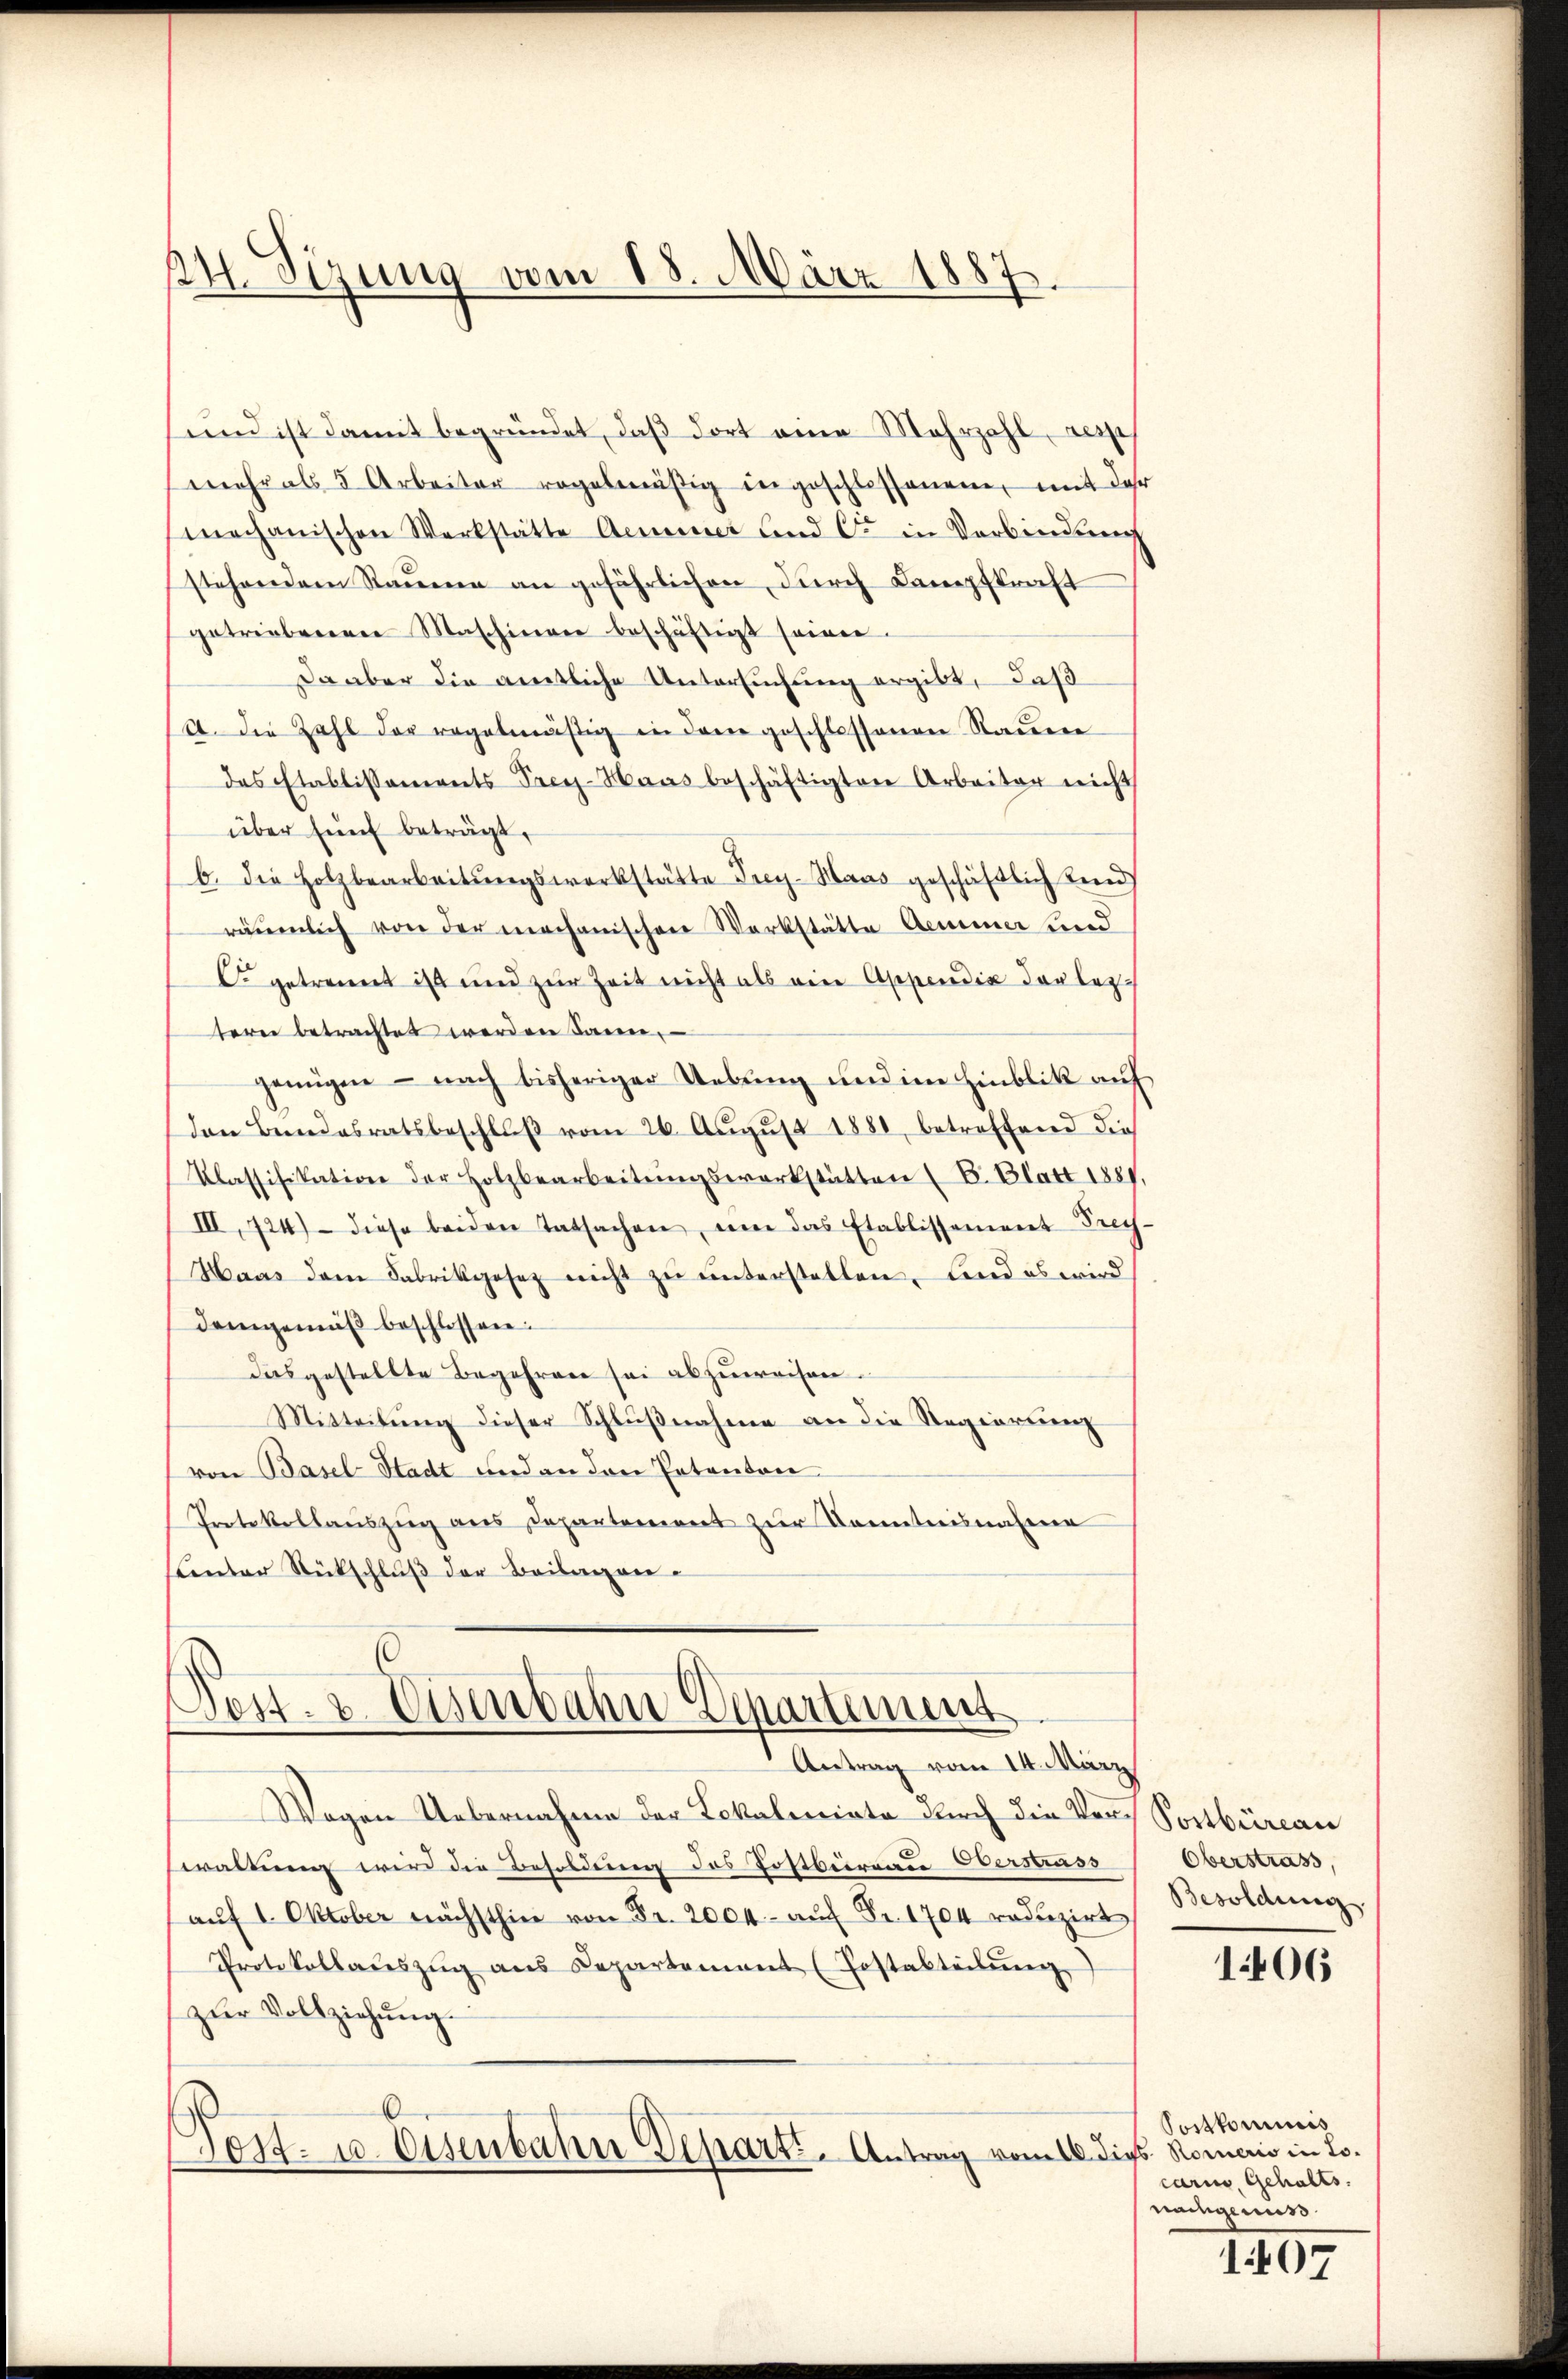
24. Sizung vom 18. März 1887

sund ist damit begründet, daß dort eine Mehrzahl resp
mehr als 5 Arbeiter regelmäßig ingeschlossenen, mit der
mechanischen Werkstätte Aeminer und C. in Verbindung
stehendem Raume an gefährlichen, durch Kampfkraft
getriebenen Maschienen beschäftigt seien.
Da aber die amtliche Untersuchung ergibt, daß
et. Die Zahl der regelmässig in den geschlossenen Nauere
des Etablissements Prey-Haas beschäftigten Arbeiter nicht
über fünf beträgt,
b. die Holzbearbeitŭngswerkstätte Frey-Haus geschäftlich Kind
räumlich von der mechanischen Werkstätte Aeminer und
C getrennt ist und zur Zeit nicht als ein Appendia der lezterer betrachtet werden dann
genügen - nach bisheriger Uebung und im Hinblik auf
den Bundesratsbeschluß vom 26. August 1881, betreffend dies
Klassifikation der Holzbearbeitŭngswerkstätten (E. Blatt 1887,
III, 124) diese beiden Tatsachen, um das Etablissement Frech
Haas dem Fabrikgesez nicht zu unterstellen, und es wird
demgemäß beschlossen:
dasgestellte Begehren sei abzuweisen.
Mitteilung dieser Schlußnahme an die Regierung
von Basel-Stadt und an den Petenton
Protokollauszug aus Departement zur Kenntnisnahmen
sunter Rückschluß der Beilagen.
6

Post. v. Eisenbahn-Departement
Antrag vom 14. März

Wogen Uebernahme der Lokalmiata durch die Vor Postbüreau
waltung wird die Besoldenen des Tottbeireau Verstrass
aŭf 1. Oktober nächsthin von Fr. 2004.- aŭf Fr. 1704 reduzirt
Protokollaŭszŭg ans Departement (Postabteilŭng
zur Vollziehung.
Post. 10. Eisenbahn Depart, Antrag vom 16. dies Romers in Lo¬

Oberstrass,
Besoldung.

106

Postkommis
cari, Gehalts.
nachgenuss.

107